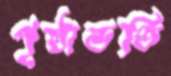
পৃষ্ঠাভর্তি